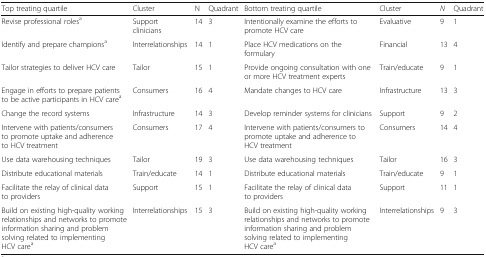
<table><thead><tr><td><b>Top treating quartile</b></td><td><b>Cluster</b></td><td><b>N</b></td><td><b>Quadrant</b></td><td><b>Bottom treating quartile</b></td><td><b>Cluster</b></td><td><b><i>N</i></b></td><td><b>Quadrant</b></td></tr></thead><tbody><tr><td>Revise professional roles<sup>a</sup></td><td>Support clinicians</td><td>14</td><td>3</td><td>Intentionally examine the efforts to promote HCV care</td><td>Evaluative</td><td>9</td><td>1</td></tr><tr><td>Identify and prepare champions<sup>a</sup></td><td>Interrelationships</td><td>14</td><td>1</td><td>Place HCV medications on the formulary</td><td>Financial</td><td>13</td><td>4</td></tr><tr><td>Tailor strategies to deliver HCV care</td><td>Tailor</td><td>15</td><td>1</td><td>Provide ongoing consultation with one or more HCV treatment experts</td><td>Train/educate</td><td>9</td><td>1</td></tr><tr><td>Engage in efforts to prepare patients to be active participants in HCV care<sup>a</sup></td><td>Consumers</td><td>16</td><td>4</td><td>Mandate changes to HCV care</td><td>Infrastructure</td><td>13</td><td>3</td></tr><tr><td>Change the record systems</td><td>Infrastructure</td><td>14</td><td>3</td><td>Develop reminder systems for clinicians</td><td>Support</td><td>9</td><td>2</td></tr><tr><td>Intervene with patients/consumers to promote uptake and adherence to HCV treatment</td><td>Consumers</td><td>17</td><td>4</td><td>Intervene with patients/consumers to promote uptake and adherence to HCV treatment</td><td>Consumers</td><td>14</td><td>4</td></tr><tr><td>Use data warehousing techniques</td><td>Tailor</td><td>19</td><td>3</td><td>Use data warehousing techniques</td><td>Tailor</td><td>16</td><td>3</td></tr><tr><td>Distribute educational materials</td><td>Train/educate</td><td>14</td><td>1</td><td>Distribute educational materials</td><td>Train/educate</td><td>9</td><td>1</td></tr><tr><td>Facilitate the relay of clinical data to providers</td><td>Support</td><td>15</td><td>1</td><td>Facilitate the relay of clinical data to providers</td><td>Support</td><td>11</td><td>1</td></tr><tr><td>Build on existing high-quality working relationships and networks to promote information sharing and problem solving related to implementing HCV care<sup>a</sup></td><td>Interrelationships</td><td>15</td><td>3</td><td>Build on existing high-quality working relationships and networks to promote information sharing and problem solving related to implementing HCV care<sup>a</sup></td><td>Interrelationships</td><td>9</td><td>3</td></tr></tbody></table>